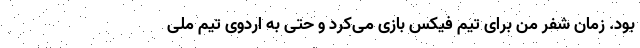
بود. زمان شفر من برای تیم فیکس بازی می‌کرد و حتی به اردوی تیم ملی